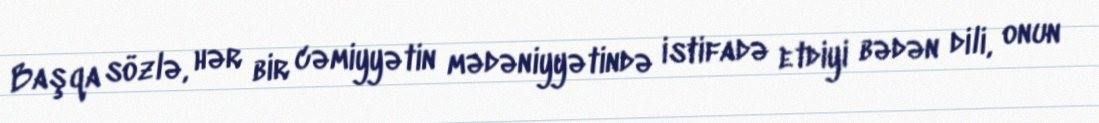
Başqa sözlə, hər bir cəmiyyətin mədəniyyətində istifadə etdiyi bədən dili, onun